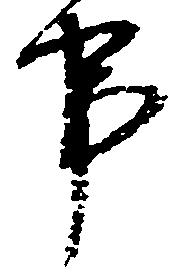
事